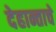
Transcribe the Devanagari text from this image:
देहान्ताचे